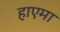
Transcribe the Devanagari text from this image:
हाएमा